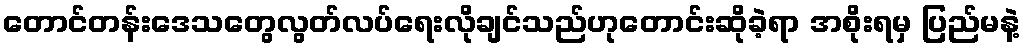
တောင်တန်းဒေသတွေလွတ်လပ်ရေးလိုချင်သည်ဟုတောင်းဆိုခဲ့ရာ အစိုးရမှ ပြည်မနဲ့